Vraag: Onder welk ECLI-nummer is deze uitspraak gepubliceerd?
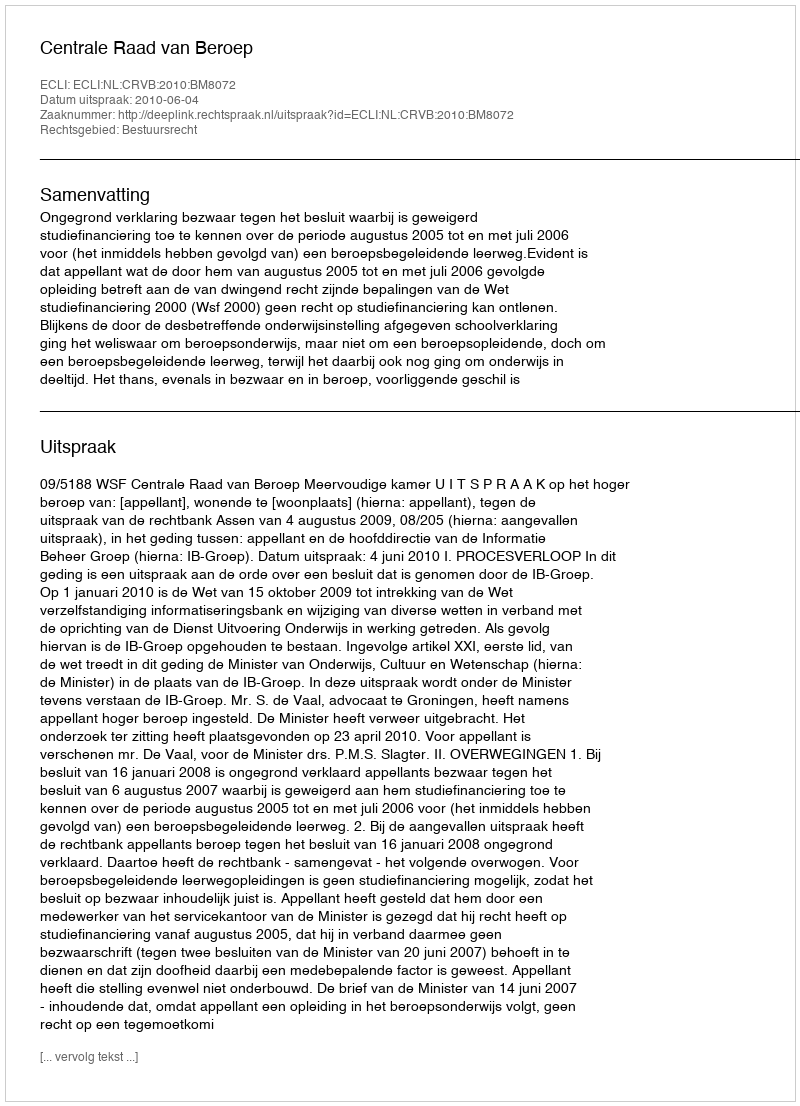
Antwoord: ECLI:NL:CRVB:2010:BM8072